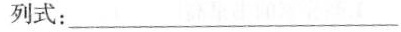
列式：___